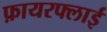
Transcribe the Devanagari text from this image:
फ़ायरफ्लाई